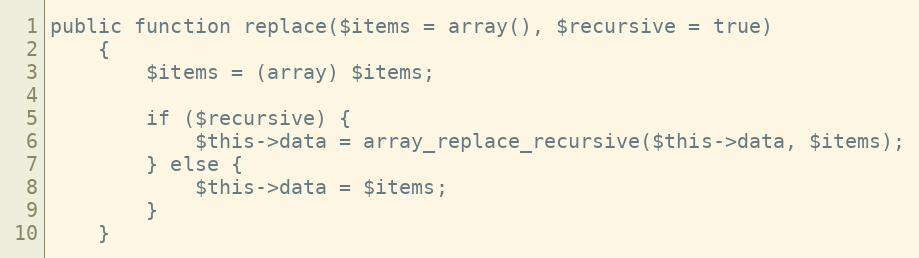
Language: PHP
public function replace($items = array(), $recursive = true)
	{
		$items = (array) $items;

		if ($recursive) {
			$this->data = array_replace_recursive($this->data, $items);
		} else {
			$this->data = $items;
		}
	}